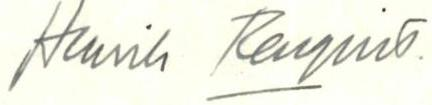
Henrik Rengvist